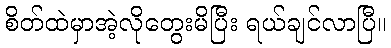
စိတ်ထဲမှာအဲ့လိုတွေးမိပြီး ရယ်ချင်လာပြီ။